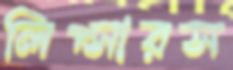
লিপ্সারস